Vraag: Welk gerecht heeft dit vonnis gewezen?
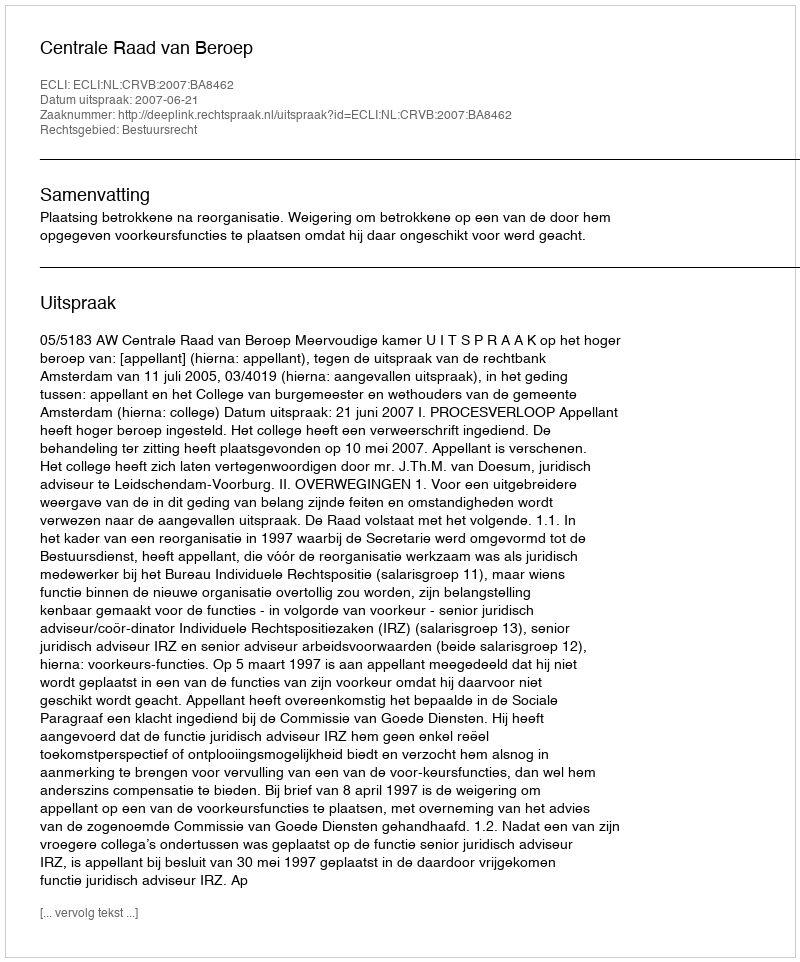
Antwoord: Centrale Raad van Beroep